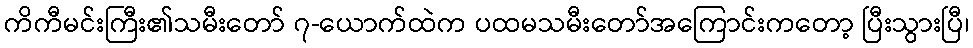
ကိကီမင်းကြီး၏သမီးတော် ၇-ယောက်ထဲက ပထမသမီးတော်အကြောင်းကတော့ ပြီးသွားပြီ၊